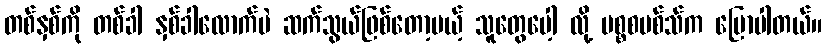
တစ်နှစ်ကို တစ်ခါ နှစ်ခါလောက်ပဲ ဆက်သွယ်ဖြစ်တော့မယ့် သူတွေပေါ့ လို့ မစ္စစမစ်သ်က ပြောပါတယ်။